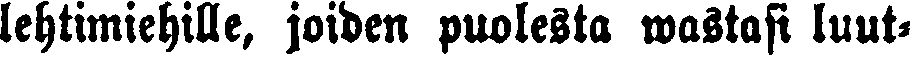
lehtimiehille, joiden puolesta wastasi luut-